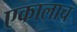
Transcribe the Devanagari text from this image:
एकालाच